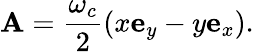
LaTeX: \mathbf{A}=\frac{\omega_{c}}{2}\left(x\mathbf{e}_{y}-y\mathbf{e}_{x}\right).